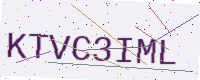
Text: KTVC3IML